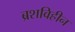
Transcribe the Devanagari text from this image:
ब्रशविहीन